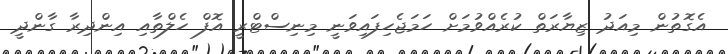
އެގޮތުން މިއަދު ޒިޔާރަތް ކުރެއްވުމަށް ހަމަޖެހިފައިވަނީ މިނިސްޓްރީ އޮފް ހެލްތާއި އިންދިރާ ގާންދީ